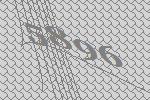
5896